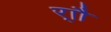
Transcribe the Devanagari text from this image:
र्‍ाौ